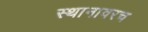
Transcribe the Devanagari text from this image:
स्थानावरच